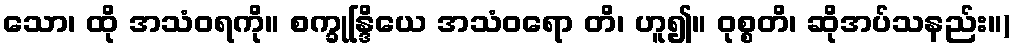
သော၊ ထို အသံဝရကို။ စက္ခုန္ဒြိယေ အသံဝရော တိ၊ ဟူ၍။ ဝုစ္စတိ၊ ဆိုအပ်သနည်း။)